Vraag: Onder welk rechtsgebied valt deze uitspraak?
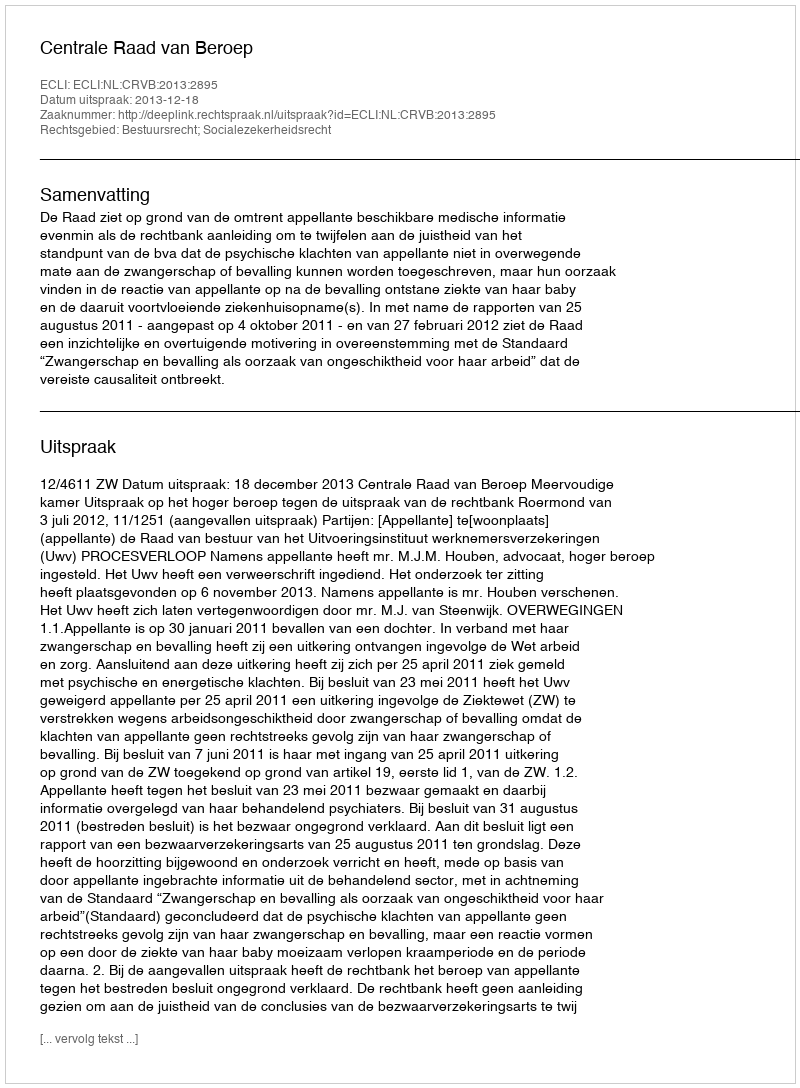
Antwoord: Bestuursrecht; Socialezekerheidsrecht